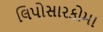
લિપોસારકોમા